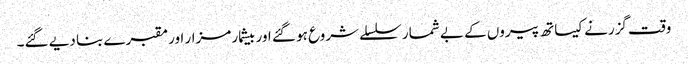
وقت گزرنے کیساتھ پیروں کے بے شمار سلسلے شروع ہو گئے اور بیشمار مزار اور مقبرے بنا دیے گئے۔